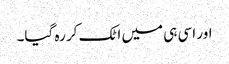
اور اسی ہی میں اٹک کر رہ گیا۔